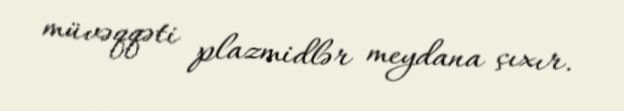
müvəqqəti plazmidlər meydana çıxır.